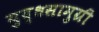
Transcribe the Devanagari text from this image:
युद्धसामुग्री